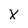
Character: X